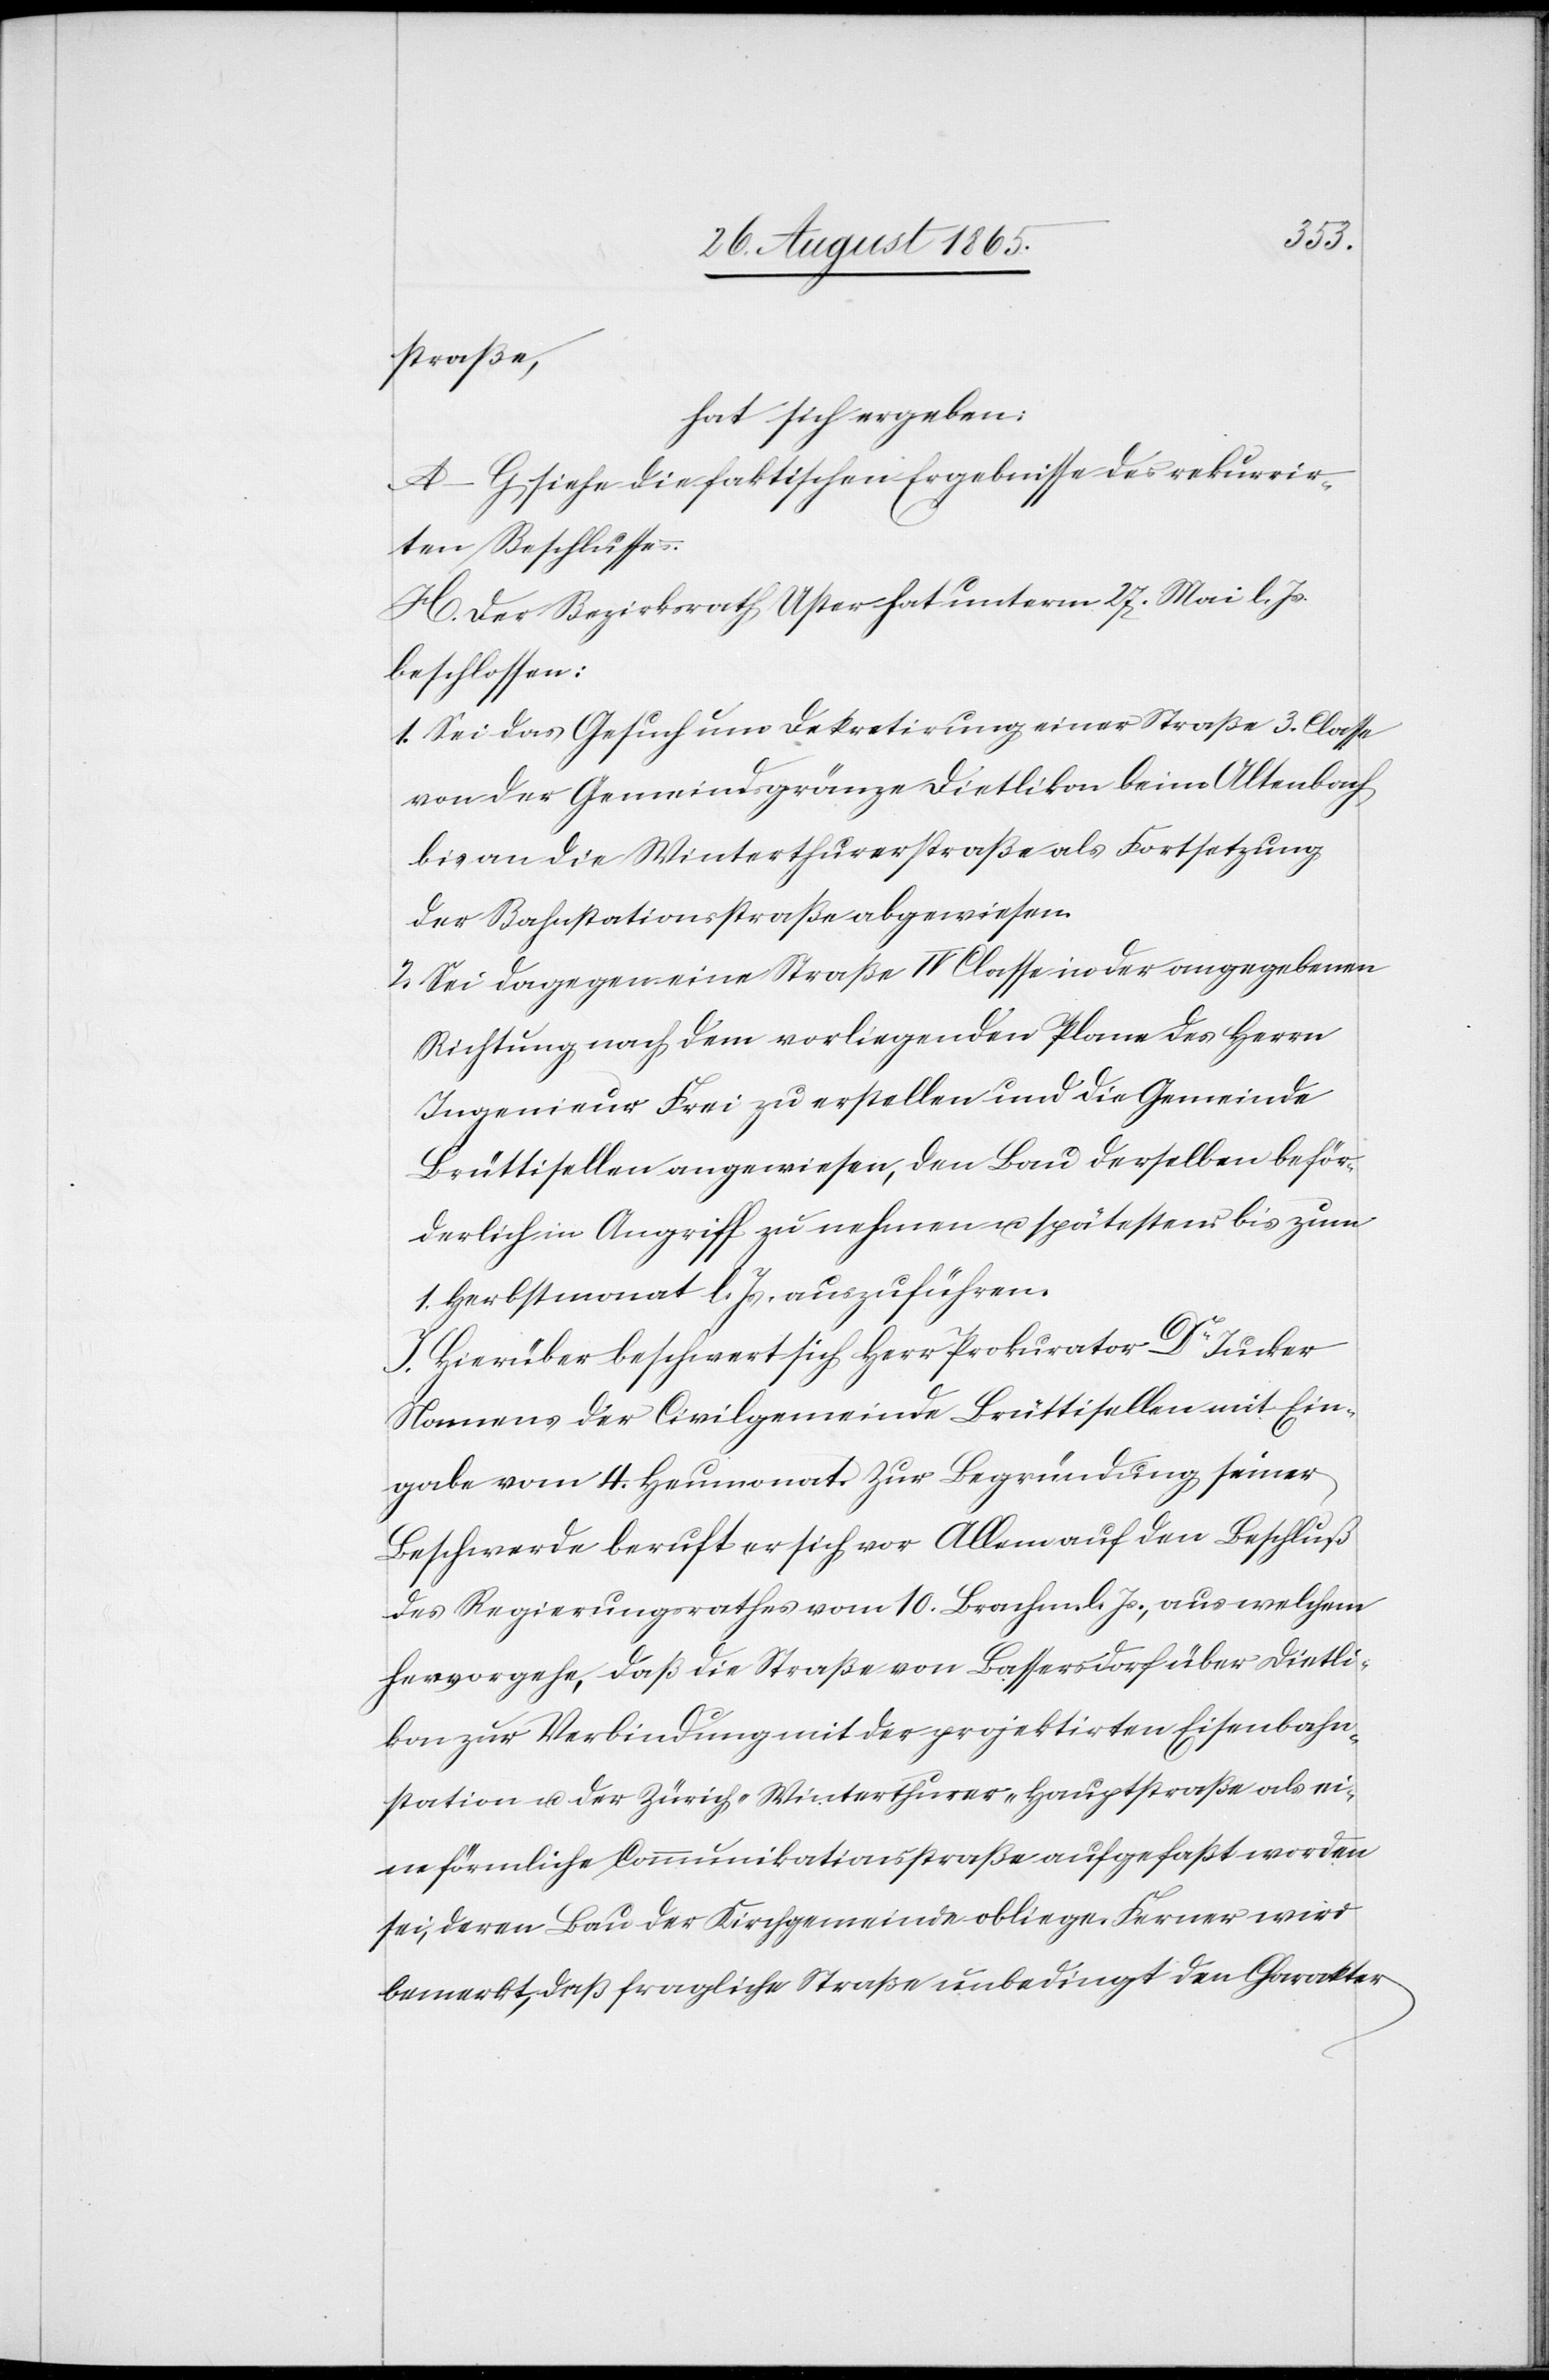
straß,
hat sich ergeben:
A–G siehe die faktischen Ergebnisse des rekurrir¬
ten Beschlusses.
H. Der Bezirksrath Uster hat unterm 27. Mai l. Js.
beschlossen:
1. Sei das Gesuch um Dekretirung einer Straße 3. Classe
von der Gemeindsgränze Dietlikon beim Altenbach
bis an die Winterthurerstraße als Fortsetzung
der Bahnstationsstraße abgewiesen.
2. Sei dagegen eine Straße IV Classe in der angegebenen
Richtung nach dem vorliegenden Plane des Herrn
Ingenieur Frei zu erstellen und die Gemeinde
Brüttisellen angewiesen, den Bau derselben beför¬
derlich in Angriff zu nehmen u. spätestens bis zum
1. Herbstmonat l. Js. auszuführen.
Hierüber beschwert sich Herr Prokurator Dr Jucker
Namens der Civilgemeinde Brüttisellen mit Ein¬
gabe vom 4. Heumonat. Zur Begründung seiner
Beschwerde beruft er sich vor Allem auf den Beschluß
des Regierungsrathes vom 10. Brachm. l. Js., aus welchem
hervorgehe, daß die Straße von Bassersdorf über Dietli¬
kon zur Verbindung mit der projektirten Eisenbahn¬
station u. der Zürich–Winterthurer-Hauptstraße als ei¬
ne förmliche Communikationsstraße aufgefaßt worden
sei, deren Bau der Kirchgemeinde obliege. Ferner wird
bemerkt, daß fragliche Straße unbedingt den Charakter